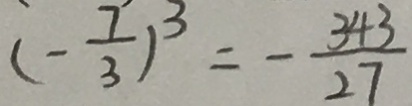
( - \frac { 7 } { 3 } ) ^ { 3 } = - \frac { 3 4 3 } { 2 7 }